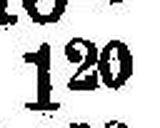
120